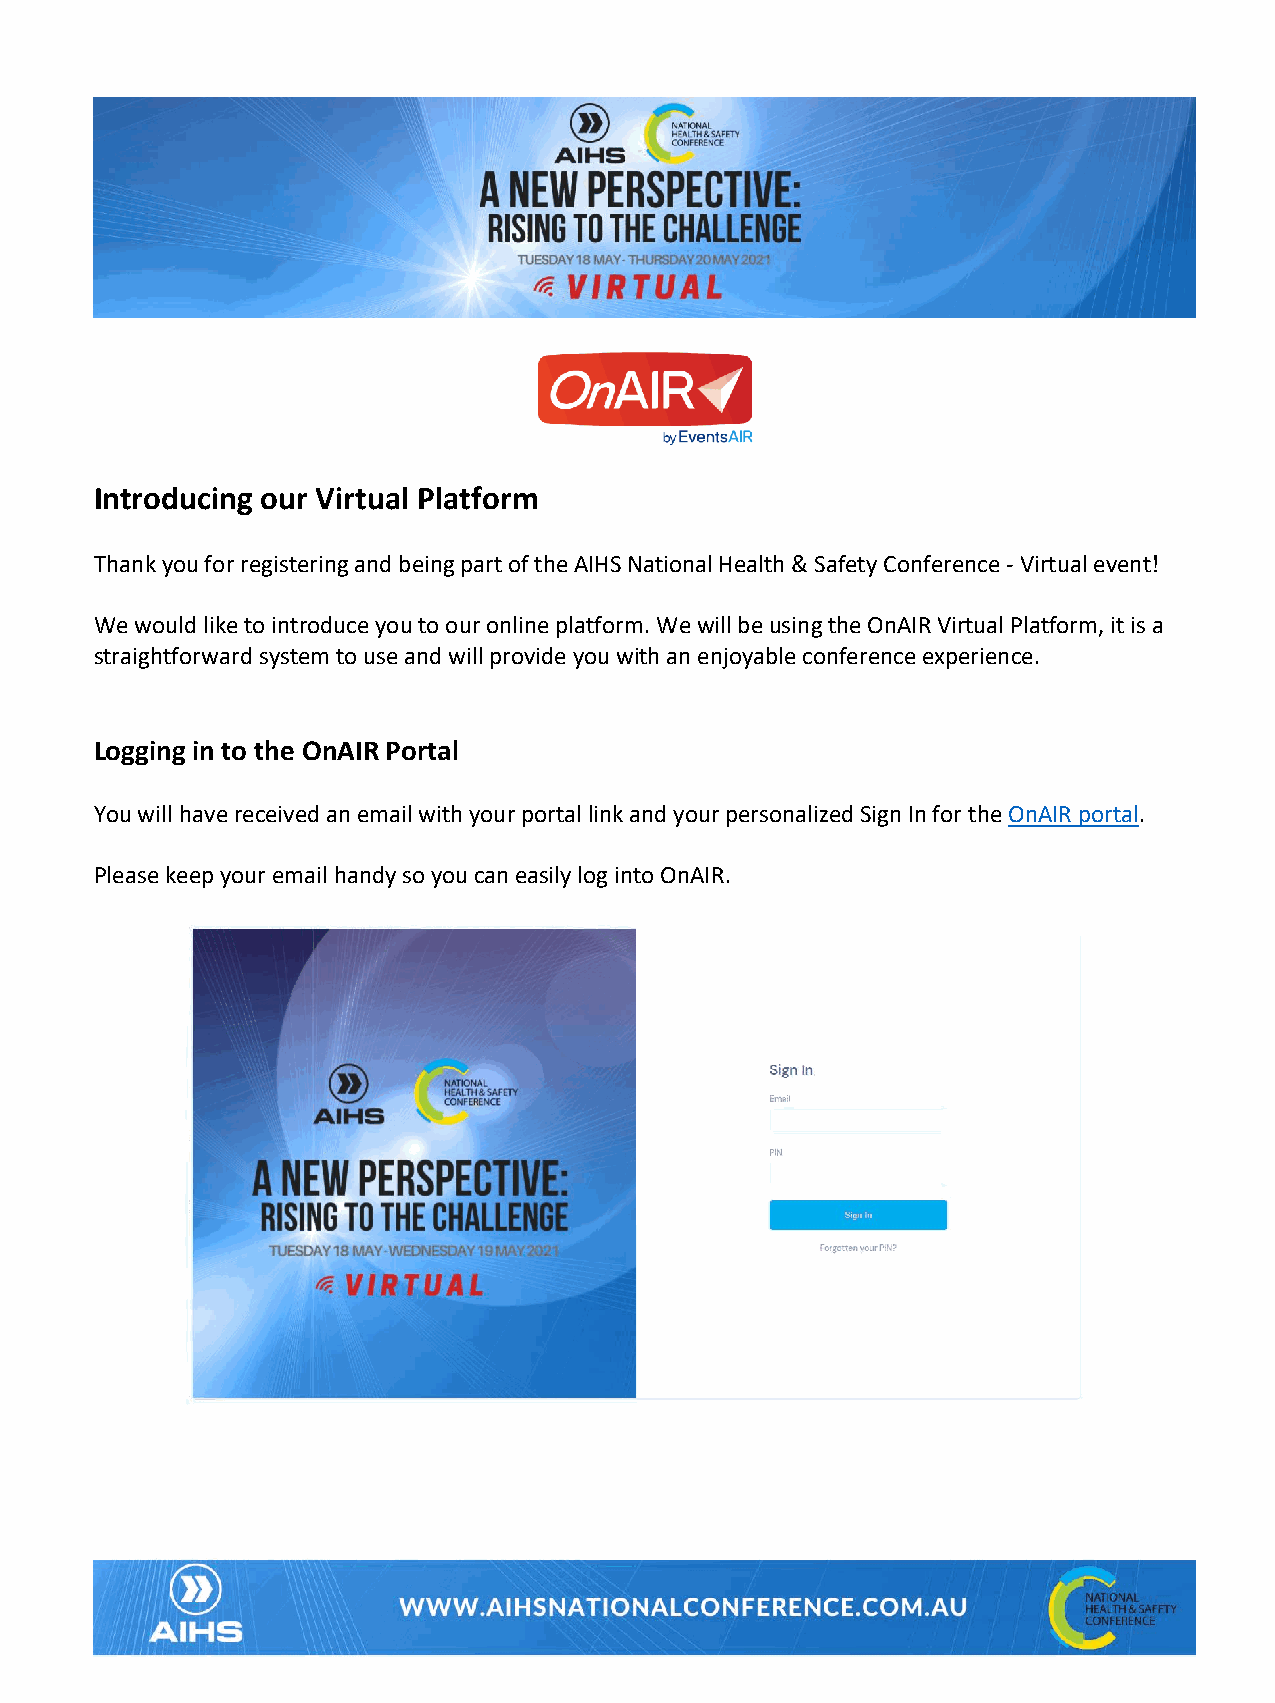
Introducing our Virtual Platform
 Thank you for registering and being part of the AIHS National Health & Safety Conference - Virtual event!
 We would like to introduce you to our online platform. We will be using the OnAIR Virtual Platform, it is a
 straightforward system to use and will provide you with an enjoyable conference experience.
 Logging in to the OnAIR Portal
 You will have received an email with your portal link and your personalized Sign In for the OnAIR portal.
 Please keep your email handy so you can easily log into OnAIR.